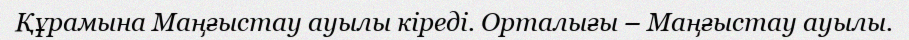
Құрамына Маңғыстау ауылы кіреді. Орталығы – Маңғыстау ауылы.